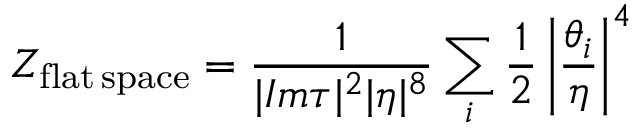
Z _ { \mathrm { f l a t \, s p a c e } } = { \frac { 1 } { | I m \tau | ^ { 2 } | \eta | ^ { 8 } } } \sum _ { i } { \frac { 1 } { 2 } } \left| { \frac { \theta _ { i } } { \eta } } \right| ^ { 4 }